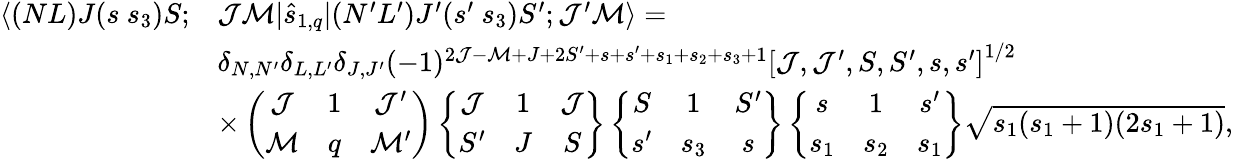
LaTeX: \begin{array}{rl}{\langle(NL)J(s~s_{3})S;}&{\mathcal{J}\mathcal{M}|\hat{s}_{1,q}|(N^{\prime}L^{\prime})J^{\prime}(s^{\prime}~s_{3})S^{\prime};\mathcal{J}^{\prime}\mathcal{M}\rangle=}\\ &{\delta_{N,N^{\prime}}\delta_{L,L^{\prime}}\delta_{J,J^{\prime}}(-1)^{2\mathcal{J}-\mathcal{M}+J+2S^{\prime}+s+s^{\prime}+s_{1}+s_{2}+s_{3}+1}\left[\mathcal{J},\mathcal{J}^{\prime},S,S^{\prime},s,s^{\prime}\right]^{1/2}}\\ &{\times\left(\begin{array}{ccc}{\mathcal{J}}&{1}&{\mathcal{J}^{\prime}}\\ {\mathcal{M}}&{q}&{\mathcal{M}^{\prime}}\end{array}\right)\left\{ \begin{array}{ccc}{\mathcal{J}}&{1}&{\mathcal{J}}\\ {S^{\prime}}&{J}&{S}\end{array}\right\} \left\{ \begin{array}{ccc}{S}&{1}&{S^{\prime}}\\ {s^{\prime}}&{s_{3}}&{s}\end{array}\right\} \left\{ \begin{array}{ccc}{s}&{1}&{s^{\prime}}\\ {s_{1}}&{s_{2}}&{s_{1}}\end{array}\right\} \sqrt{s_{1}(s_{1}+1)(2s_{1}+1)},}\end{array}